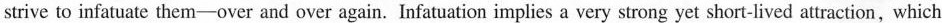
strive to infatuate them-over and over again. Infatuation implies a very strong yet short-lived attraction , which